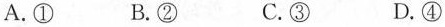
A.① B.② C.③ D.④